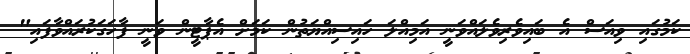
ކަމުގައި ވިއަސް އެ ބައިވެރިވެލައްވަނީ އަމިއްލަ ހައިސިއްޔަތުން ކަމަށް އެޕާޓީން ވަނީ ފާހަގަކުރައްވާފައި"